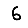
Digit: 6